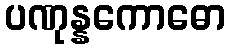
ပဏုန္နကောဓော